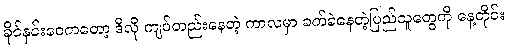
ခိုင်နှင်းဝေကတော့ ဒီလို ကျပ်တည်းနေတဲ့ ကာလမှာ ခက်ခဲနေတဲ့ပြည်သူတွေကို နေ့တိုင်း